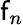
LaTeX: \mathsf{f}_{n}